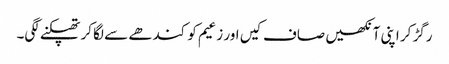
رگڑ کر اپنی آنکھیں صاف کیں اور زعیم کو کندھے سے لگا کر تھپکنے لگی۔